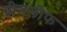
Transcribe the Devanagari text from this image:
ग्रीनलीफ